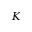
K